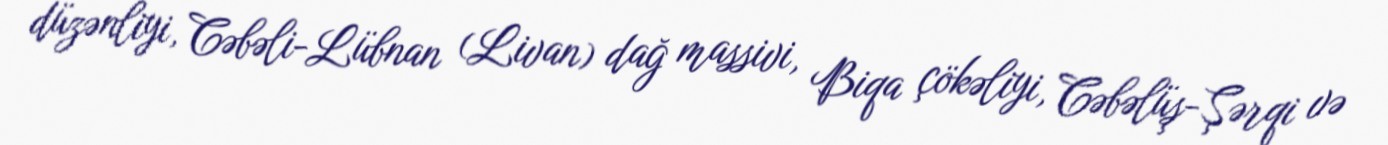
düzənliyi, Cəbəli-Lübnan (Livan) dağ massivi, Biqa çökəliyi, Cəbəlüş-Şərqi və